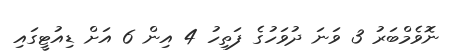
ނޮވެމްބަރު 3 ވަނަ ދުވަހުގެ ފަތިހު 4 އިން 6 އަށް ޑިއުޓީގައި